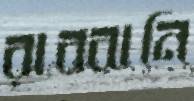
রাব্বানি